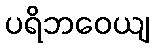
ပရိဘဝေယျ